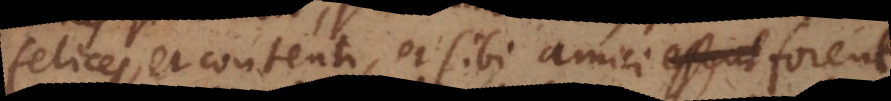
felices, et contenti, et sibi amici essent forent,